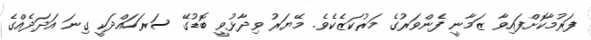
ފަރުމާކޮށްފައިވާ ޒަމާނީ ފެންވަރުގެ މަރުކަޒެކެވެ. މޭޔަރު ވިދާޅުވީ ބޮޑުގޭ ސަރަހައްދަކީ ގިނަ އަދަދެއްގެ